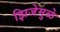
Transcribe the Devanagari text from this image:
झिजेमुळे